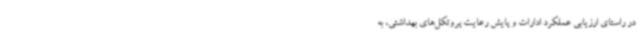
در راستای ارزیابی عملکرد ادارات و پایش رعایت پروتکل‌های بهداشتی، به